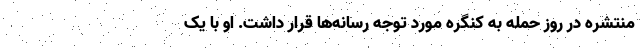
منتشره در روز حمله به کنگره مورد توجه رسانه‌ها قرار داشت. او با یک